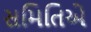
સમિતિએ